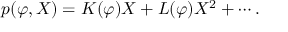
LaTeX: p ( \varphi , X ) = K ( \varphi ) X + L ( \varphi ) X ^ { 2 } + \cdots .